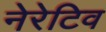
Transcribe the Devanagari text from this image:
नेरेटिव